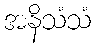
အနိသံသံ